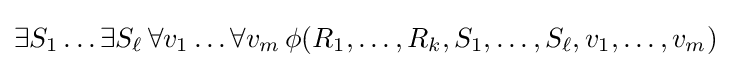
\exists S_{1}\dots \exists S_{\ell }\,\forall v_{1}\dots \forall v_{m}\,\phi (R_{1},\dots ,R_{k},S_{1},\dots ,S_{\ell },v_{1},\dots ,v_{m})